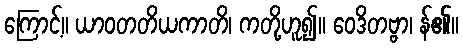
ကြောင့်။ ယာဝတတိယကာတိ၊ ကတို့ဟူ၍။ ဝေဒိတဗ္ဗာ၊ န်၏။